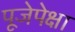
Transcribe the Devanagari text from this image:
पूजेपेक्षा